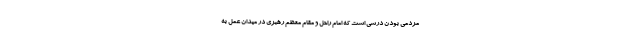
مردمی بودن درسی است که امام راحل و مقام معظم رهبری در میدان عمل به